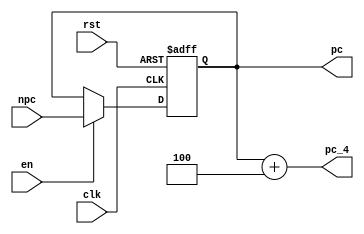
module PC(input         clk,rst,en,
          input  [31:0] npc,
			 output [31:0] pc,pc_4
			 );
	reg [31:0] pc;
	always@(posedge clk or posedge rst)
	begin
		if(rst)
			pc<=32'h0000_3000;
		else if(en)
			pc<=npc;
	end
	assign pc_4=pc+4;
endmodule